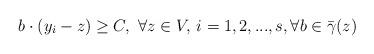
LaTeX: \begin{align*}b \cdot (y_i-z) \geq C, \,\,\forall z \in V,\, i=1,2,...,s, \forall b \in \bar \gamma(z) \end{align*}